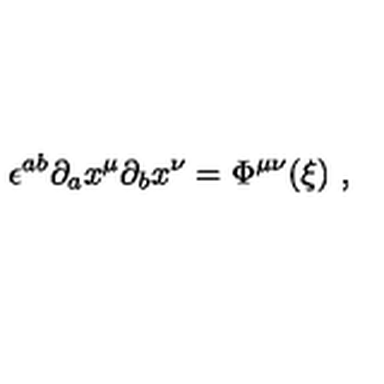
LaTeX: \epsilon ^ { a b } \partial _ { a } x ^ { \mu } \partial _ { b } x ^ { \nu } = \Phi ^ { \mu \nu } ( { \xi } ) \ ,